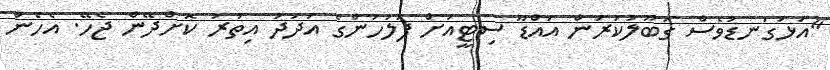
"އަޅުގަނޑުވެސް ގަބޫލުކުރަން އައްޑޫ ސިޓީއަށް ފުލުހުންގެ އަދަދު އިތުރު ކޮށްދޭން ޖެހޭ. އެހެން